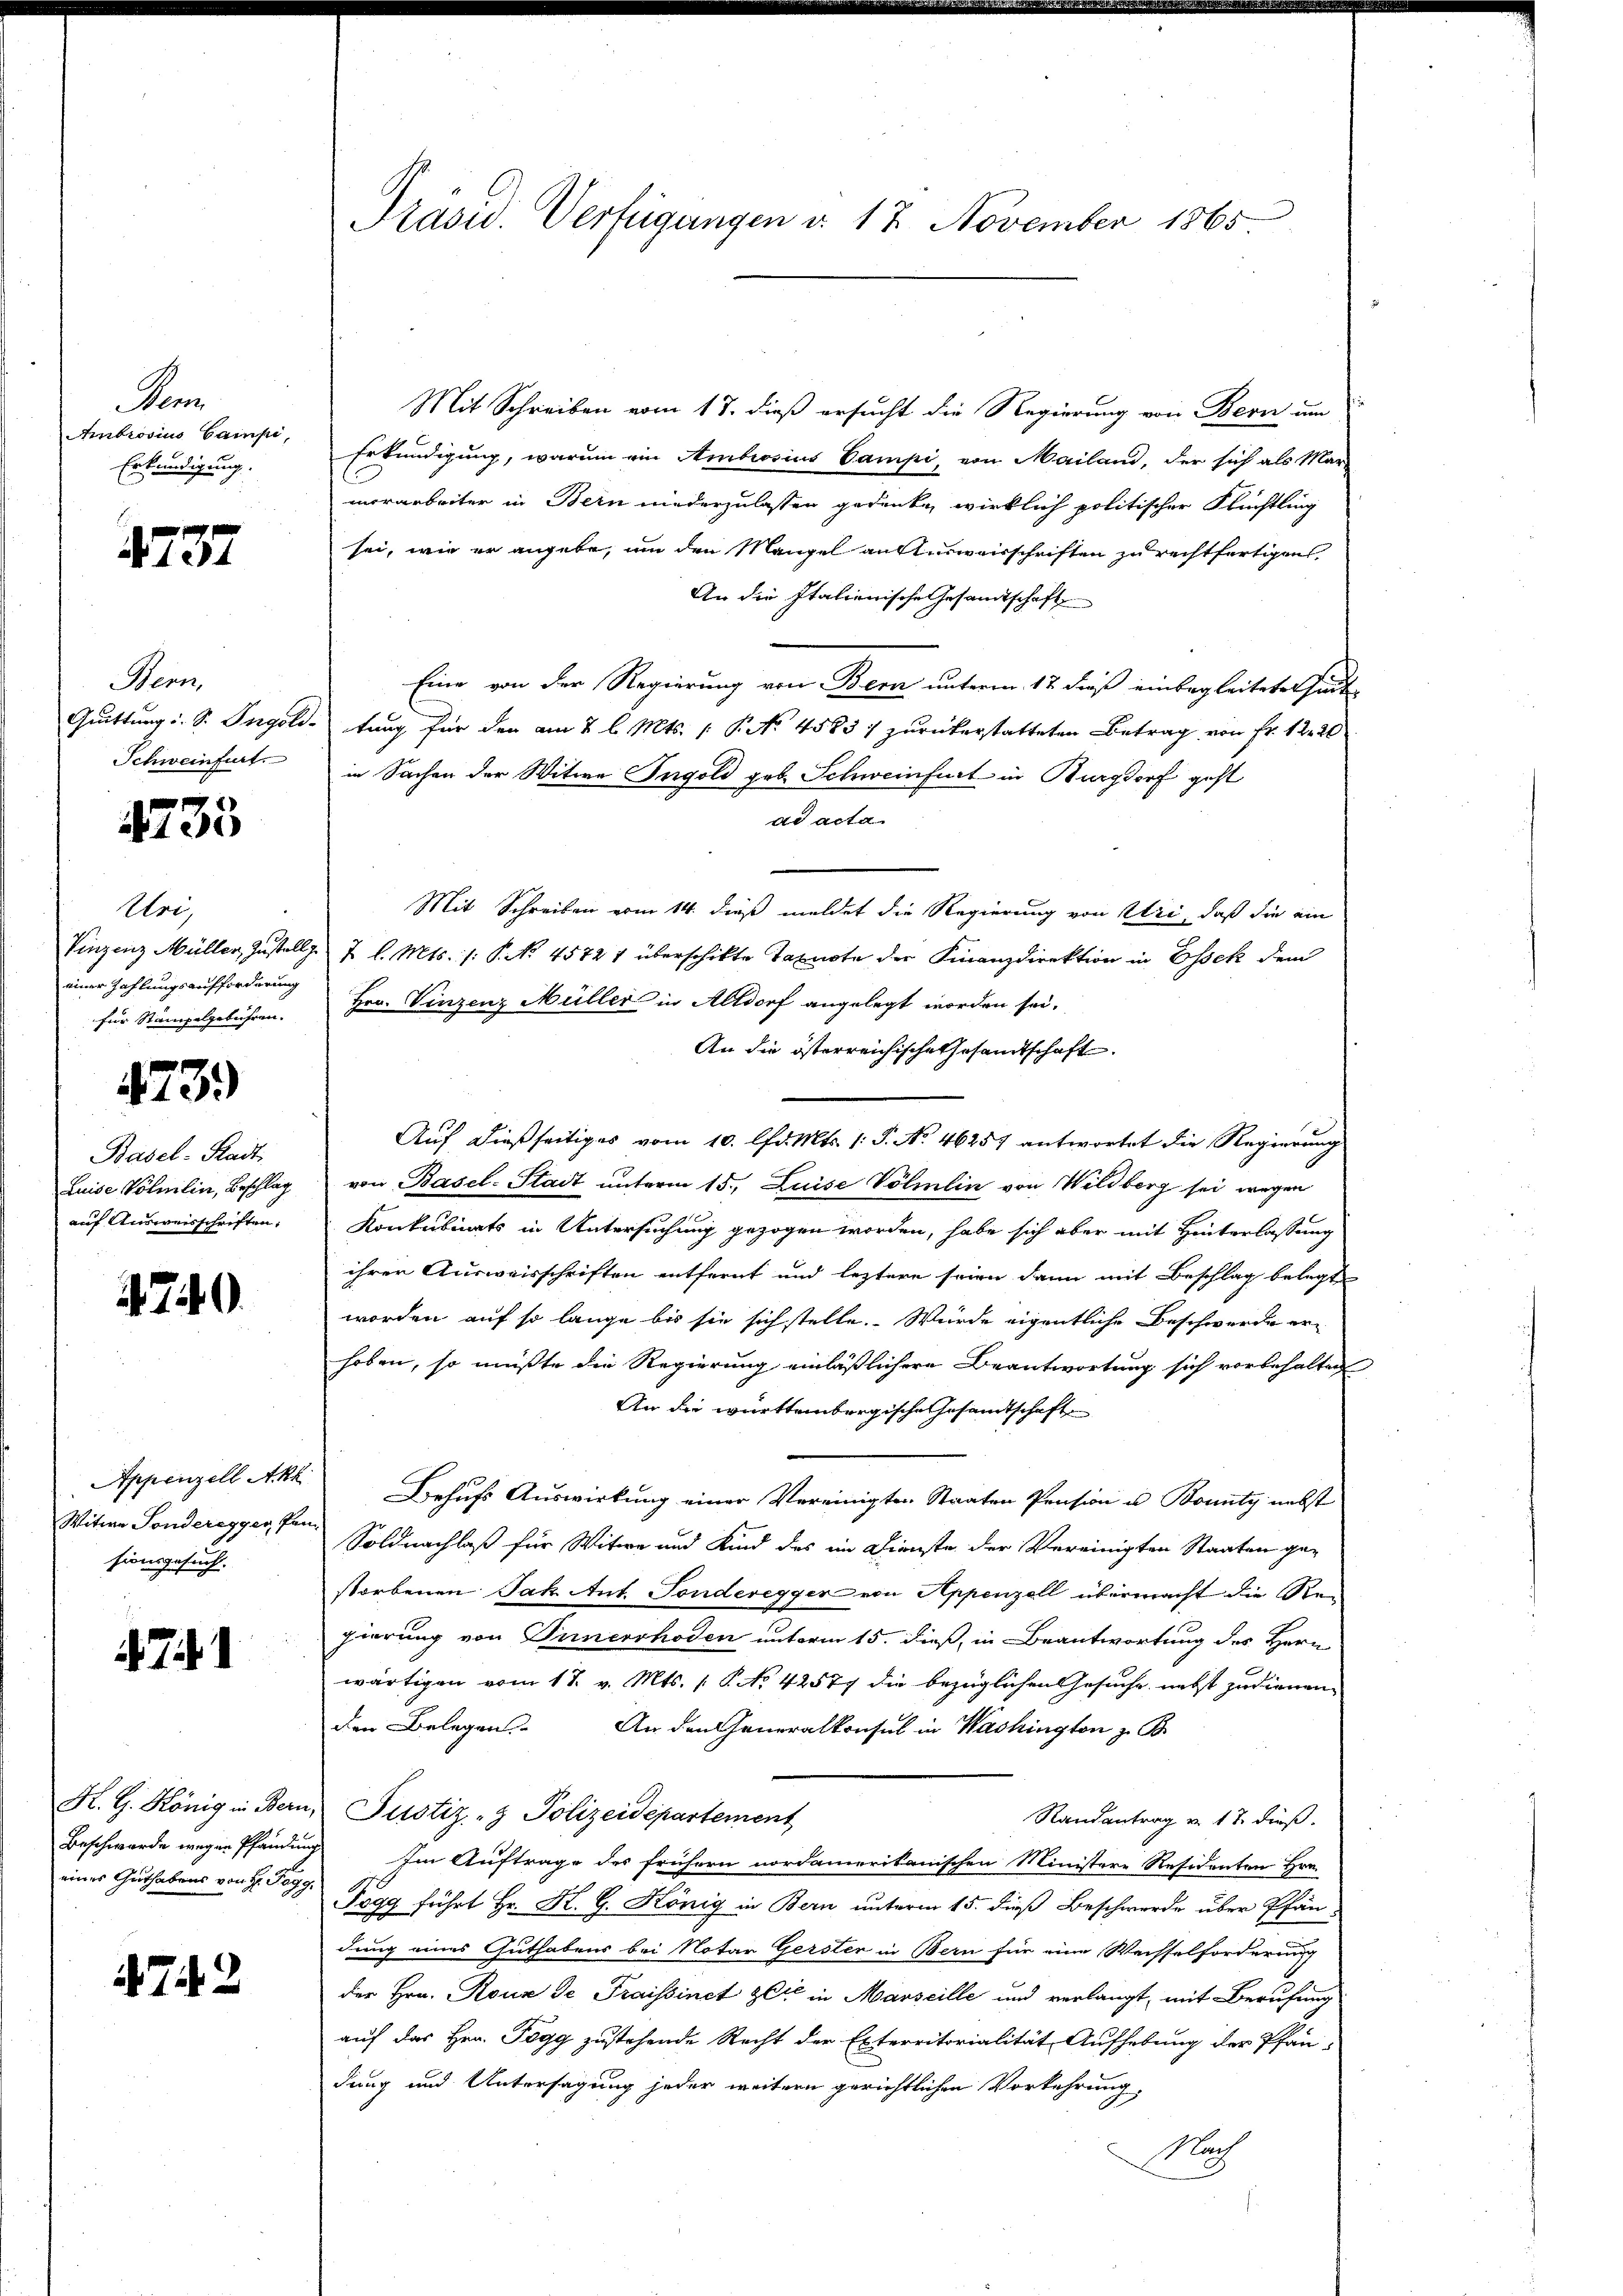
Som
Ambrosius Campe,
Erkundigung.

4737

Mein
Quittung i. S. Ingoli-
Schweinfurt.

N 125

Ursy
Vinzenz Müller, Zustell
einer Zahlungsaufforderung
für Stampelgebühren.

473.

Basel-Stadt,
Luise Volmlin, Beschlag
auf Ausweisschriften,

470.

Appenzell Akk
Witwe Sonderegger, Pan
sionsgesuch.

71

K. G. König in Bern.
Beschwerde wegen Pfandung
eines Guthabens von H. Togg

72

Präsid. Verfügungen d. 17 November 1865

Mit Schreiben vom 18. dieß ersucht die Regierung von Bern um
Erkundigung, warum ein Ambrosius Campi, von Mailand, der sich als Mar-
morarbeiter in Bern niederzulassen gedenke, wirklich politischer Flüchtling
sei, wie er angebe, um den Mangel anstenverschriften zu rechtfertigen,
An die Italienische Gesamtschaft
Eine von der Regierung von Bern unterm 17 dieß einbegleiteten sind
tung für den am 2 l. Mts. 1 P. No 45831 zurückerstatteten Betrag von Fr. 122
in Sachen der Witwe Ingold geb. Schweinfurt in Burgdorf geht
ad acta
Mit Schreiben vom 14. dieß meldet die Regierung von Uri, daß die ein
2 l. Mts. /: P. No. 4572 f überschikte Taxacte der Finanzdirektion in Essek dem
Hrn. Vinzenz Müller in Altdorf angelegt worden sei.
An die österreichische Gesamtschaft.
Auf dießseitiges vom 10. lfd. Mts. (T. No. 46257 antwortet die Regierung
von Basel-Stadt unterm 15., Luise Völmlin von Wildberg sei wegen
Konkubinats in Untersuchung gezogen worden, habe sich aber mit Hinterlassung
ihrer Ausweisschriften entfernt und leztere seien dann mit Beschlag belegt
worden auf so lange bis sie sich stelle. Wurde eigentliche Beschwerde erhoben, so müßte die Regierung einläßlichere Beantwortung sich vorbehalten
An die württembergische Gesamtschaft
Behufs Auswirkung einer Vereinigten Staaten Pension u. Bounty nebst
Soldnachlaß für Witwe und Kind des im Dienste der Vereinigten Staaten gestorbenen Jak. Ant. Sonderegger von Appenzell übermacht die Regierung von Innerrhoden unterm 15. dieß, in Beantwortung des Herr
wärtigen vom 17. v. Mts. 1 P. No 42577 die bezüglichen Gesuche, nebst zudienen
den Belegen. An den Generalkonsul in Washington z. B.
Justiz- & Polizeidepartement
Randantrag v. 17. dieß.
Im Auftrage des frühern nordamerikanischen Ministere Residenten Hrn.
Togg führt Hr. K. G. König in Bern unterm 15. dieß Beschwerde über Pfän-
dung eines Guthabens bei Notar Gersten in Bern für eine Wechselforderung
der Hrn. Roux de Fraissinet sie in Marseille und verlangt, mit Berufung
auf das Hrn. Pegg zustehende Recht der Exterritorialität Aufhebung der Pfandung und Untersagung jeder weitern gerichtlichen Vorkehrung.
Mach
s